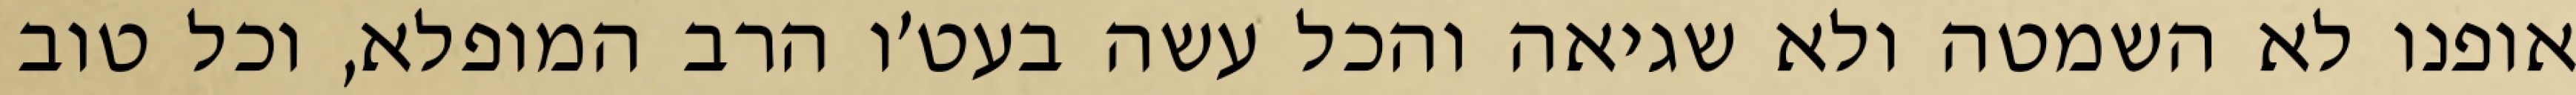
אופנו לא השמטה ולא שגיאה והכל עשה בעט׳ו הרב המופלא, וכל טוב